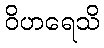
ဝိဟရေသိ